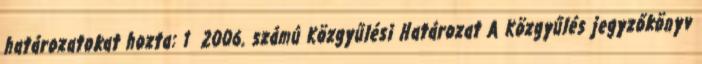
határozatokat hozta: 1 2006. számú Közgyűlési Határozat A Közgyűlés jegyzőkönyv